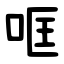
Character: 哐